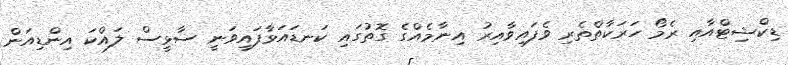
ޑިކްޝިޓްއާއި ރެމޯ ހަރަކާތްތެރި ވެފައިވާއިރު އިނާމެއްގެ ގޮތުގައި ކަނޑައަޅާފައިވަނީ ސާޅީސް ލައްކަ އިންޑިއަން